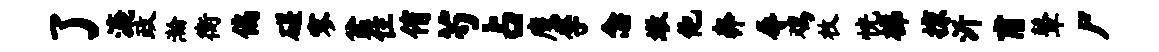
了漉政瀚衡偏磋寥盆住侑芍占鹰李念墩他奔辱鸡枚恍梯掠沂甫鼙尸